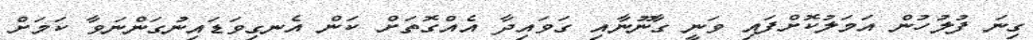
ގިނަ ފުލުހުން އަމަލުކޮށްފައި ވަނީ ގާނޫނާއި ގަވައިދާ އެއްގޮތަށް ކަން އެނގިވަޑައިނުގަންނަވާ ކަމަށް